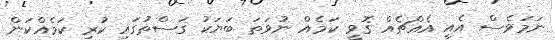
ނަމަވެސް އެއީ އެއްޗެއް ގޮވީ ކަމެއް ނުވަތަ ބަޔަކު ގަސްތުގައި ކުރި ކަމެއްކަން